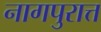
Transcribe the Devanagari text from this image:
नागपुरात्त